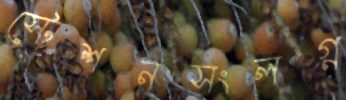
স্টেশনসংলগ্ন